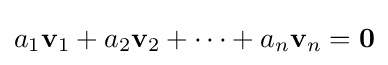
a_{1}\mathbf {v} _{1}+a_{2}\mathbf {v} _{2}+\cdots +a_{n}\mathbf {v} _{n}=\mathbf {0}